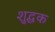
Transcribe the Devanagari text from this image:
शुद्धक